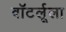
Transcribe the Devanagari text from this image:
वॉटर्लूला